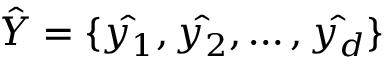
\hat { Y } = \{ \hat { y _ { 1 } } , \hat { y _ { 2 } } , \dots , \hat { y _ { d } } \}